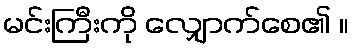
မင်းကြီးကို လျှောက်စေ၏ ။